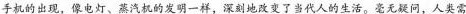
手机的出现，像电灯、蒸汽机的发明一样，深刻地改变了当代人的生活。毫无疑问，人类需